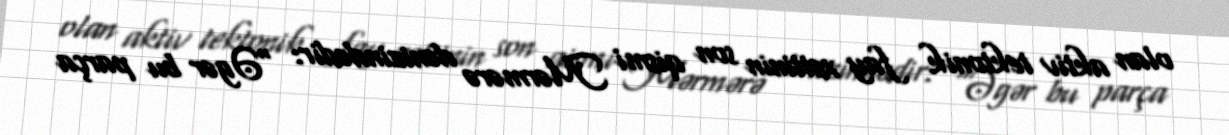
olan aktiv tektonik fay xəttinin son qismi Mərmərə dənizindədir: “Əgər bu parça